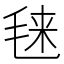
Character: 𰚙